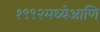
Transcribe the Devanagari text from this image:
१९९२मध्येआणि